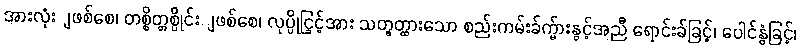
အားလုံးျဖစ်စေ၊ တစ္စိတ္တစ္ပိုင်းျဖစ်စေ၊ လုပ္ပိုင္ခြင့်အား သတ္မွတ္ထားသော စည်းကမ်းခ်က္မ်ားနွင့်အညီ ရောင်းခ်ခြင့်၊ ပေါင်နွံခြင့်၊